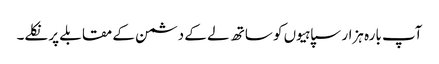
آپ بارہ ہزار سپاہیوں کو ساتھ لے کے دشمن کے مقابلے پر نکلے۔